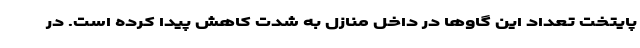
پایتخت تعداد این گاوها در داخل منازل به شدت کاهش پیدا کرده است. در